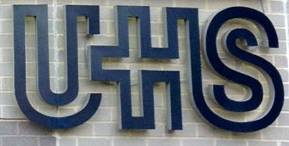
UHS